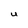
Character: U